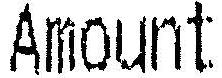
AMOUNT